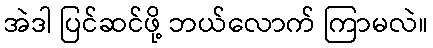
အဲဒါ ပြင်ဆင်ဖို့ ဘယ်လောက် ကြာမလဲ။